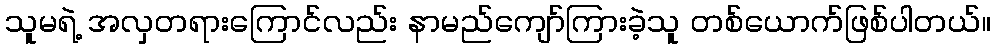
သူမရဲ့ အလှတရားကြောင်လည်း နာမည်ကျော်ကြားခဲ့သူ တစ်ယောက်ဖြစ်ပါတယ်။